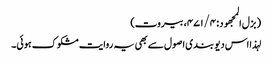
( بزل المجھود : ۴۷۱/۴، بیروت)
لہذا اس دیو بندی اصول سے بھی یہ روایت مشکوک ہوئی۔